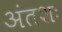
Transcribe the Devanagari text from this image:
अंतशः